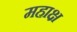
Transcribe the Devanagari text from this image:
महाक्ष